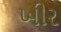
ખીર